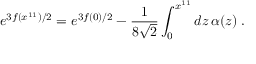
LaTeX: e ^ { 3 f ( x ^ { 1 1 } ) / 2 } = e ^ { 3 f ( 0 ) / 2 } - \frac { 1 } { 8 \sqrt { 2 } } \int _ { 0 } ^ { x ^ { 1 1 } } d z \, \alpha ( z ) \; .